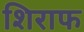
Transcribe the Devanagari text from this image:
शिराफ